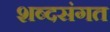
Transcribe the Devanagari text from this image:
शब्दसंगत